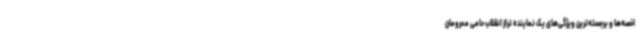
اخصه‌ها و برجسته‌ترین ویژگی‌های یک نماینده تراز انقلاب حامی محرومان